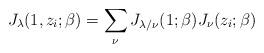
LaTeX: \begin{align*}J_{\lambda}(1,z_i;\beta)=\sum_\nu J_{\lambda/\nu}(1;\beta)J_{\nu}(z_i;\beta)\end{align*}